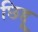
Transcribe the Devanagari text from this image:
छिद्दू